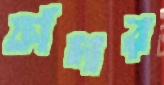
ফাঁদার